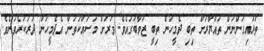
ތަޅައިގަންނަން ތައްޔާރަށް ތިބި ދެމީހުން ތިބީ ޒުވާބުގައެވެ. ވަރަށް މަސައްކަތުން އެދެމީހުން ދުރުކުރެވުނެވެ.